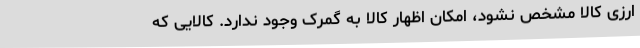
ارزی کالا مشخص نشود، امکان اظهار کالا به گمرک وجود ندارد. کالایی که